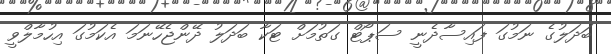
ބަދަލުގެ ނަމުގަ ފައިސާދެނީ ސަޕޯޓް ގަތުމަށް ޓަކާ ބަދަލު ދޭންޖެހޭނަމަ އެކަމުގަ އިހުމާލްވީ